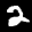
Label: 2